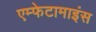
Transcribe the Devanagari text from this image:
एम्फेटामाइंस